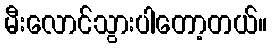
မီးလောင်သွားပါတော့တယ်။